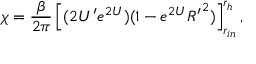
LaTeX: \chi = { \frac { \beta } { 2 \pi } } \left[ ( 2 U ^ { \prime } e ^ { 2 U } ) ( 1 - e ^ { 2 U } { R ^ { \prime } } ^ { 2 } ) \right] _ { r _ { i n } } ^ { r _ { h } } ,